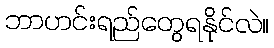
ဘာဟင်းရည်တွေရနိုင်လဲ။